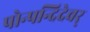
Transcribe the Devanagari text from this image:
पोन्पन्दिदेवर्